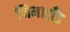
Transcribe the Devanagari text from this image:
निमाटाँड